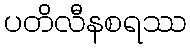
ပတိလီနစရဿ